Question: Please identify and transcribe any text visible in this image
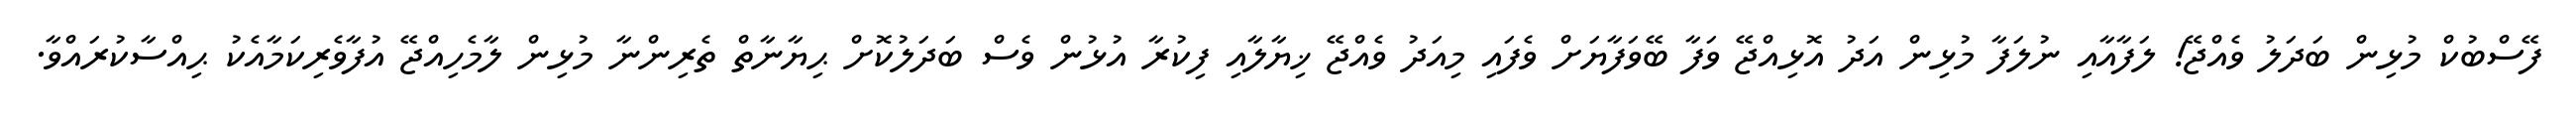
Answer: ފޭސްބުކް މުޅިން ބަދަލު ވެއްޖޭ! ލަފާއާއި ނުލަފާ މުޅިން އަދު އޮޅިއްޖޭ ވަފާ ބޭވަފާޔަށް ވެފައި މިއަދު ވެއްޖޭ ޚިޔާލާއި ފިކުރާ އުޅުން ވެސް ބަދަލުކޮށް ޙިޔާނާތް ތެރިންނާ މުޅިން ލާމެހިއްޖޭ އުފާވެރިކަމާއެކު ޙިއްސާކުރައްވާ.